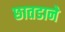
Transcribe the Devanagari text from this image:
छातडाने